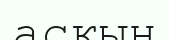
асқын